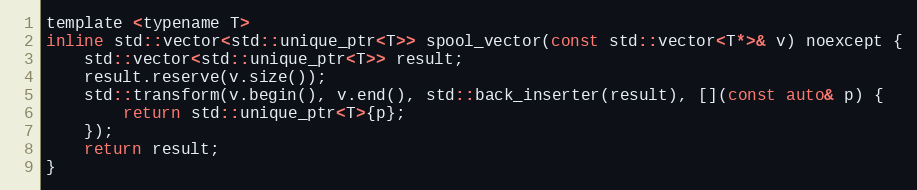
Language: C
template <typename T>
inline std::vector<std::unique_ptr<T>> spool_vector(const std::vector<T*>& v) noexcept {
    std::vector<std::unique_ptr<T>> result;
    result.reserve(v.size());
    std::transform(v.begin(), v.end(), std::back_inserter(result), [](const auto& p) {
        return std::unique_ptr<T>{p};
    });
    return result;
}